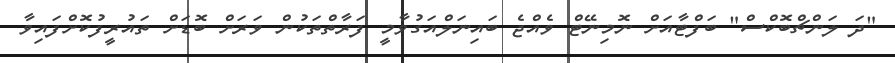
"ދަ ލަންޗްބޮކްސް" ބަފްޓާއަށް ނޮމިނޭޓް ވެއްޖެ ބައިނަލްއަގުވާމީ ފަރާތްތަކުން ވަރަށް ބޮޑަށް ތައުރީފުކޮށްފައިވާ